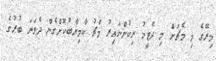
މިރޭގެ މި މެޗަށް މި ދެޓީމު ނިކުންނައިރު މެޗު ކާމިޔާބުކޮށްގެން ދެވަނަ ބުރުގެ